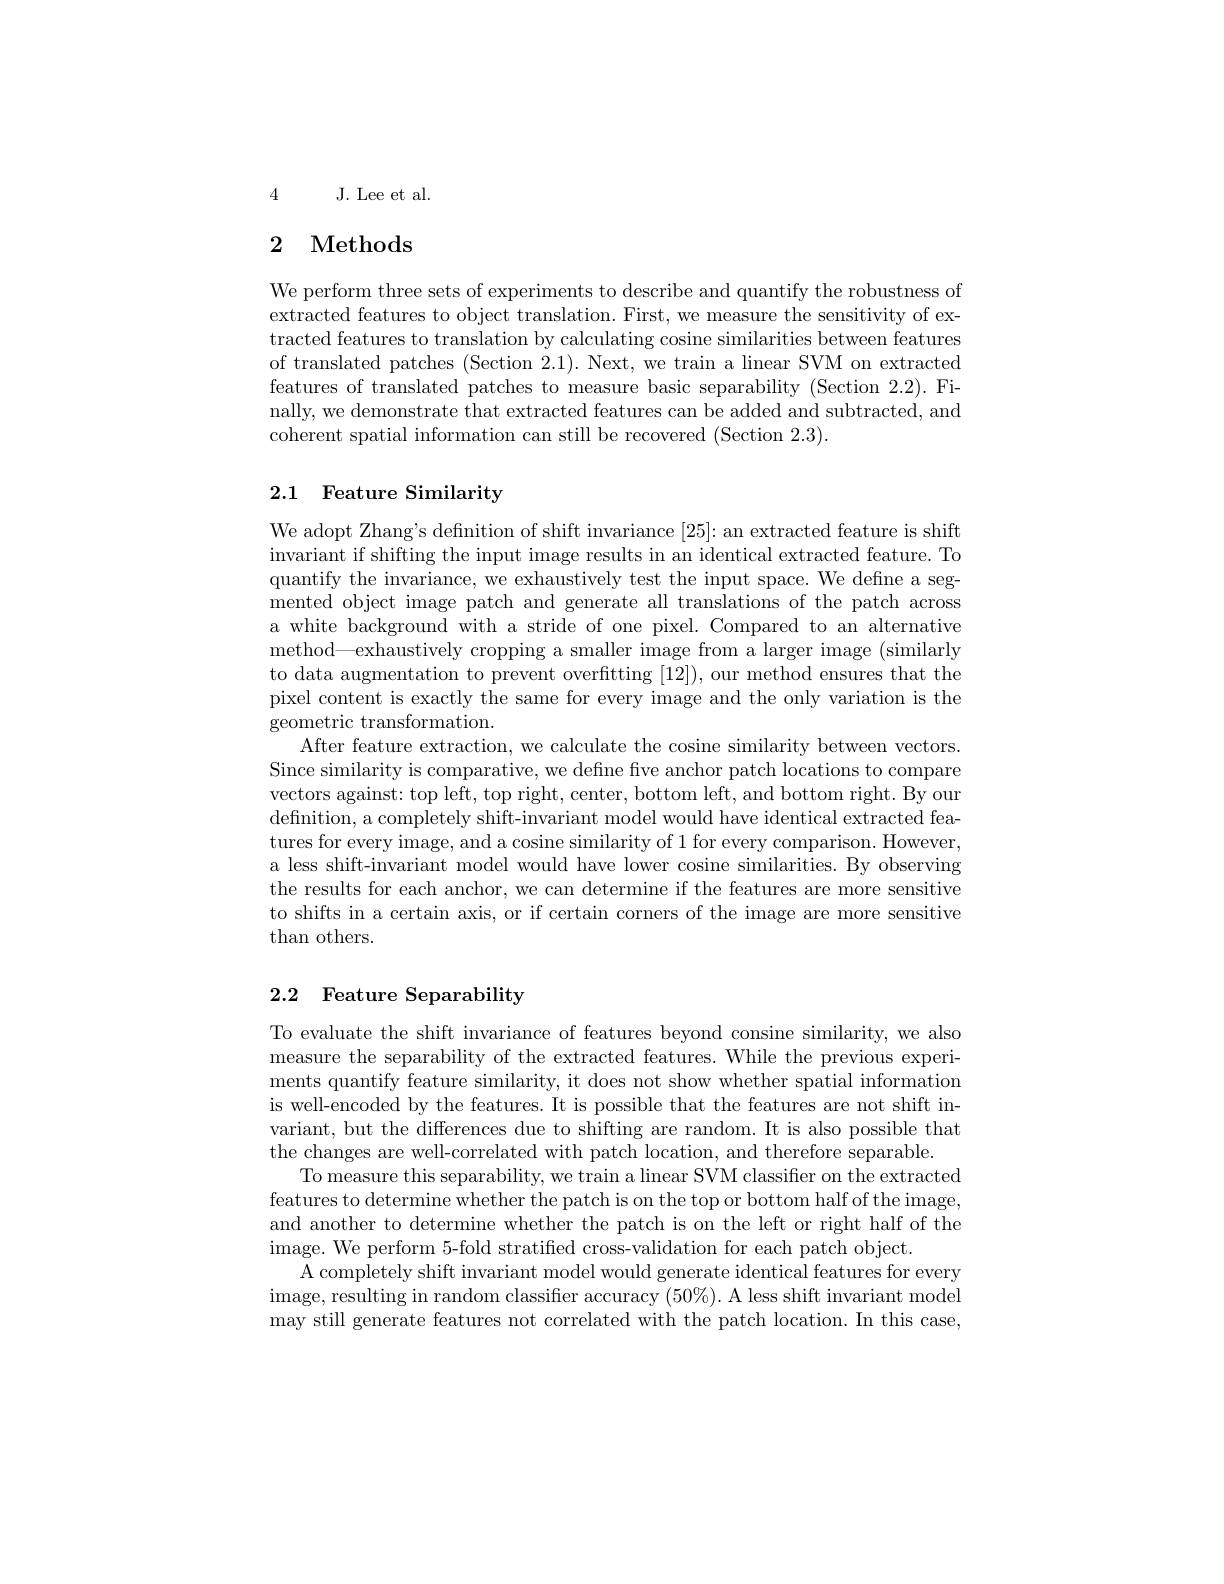
4 J. Lee et al.

# 2 Methods

We perform three sets of experiments to describe and quantify the robustness of extracted features to object translation. First, we measure the sensitivity of extracted features to translation by calculating cosine similarities between features of translated patches (Section 2.1). Next, we train a linear SVM on extracted features of translated patches to measure basic separability (Section 2.2). Finally, we demonstrate that extracted features can be added and subtracted, and coherent spatial information can still be recovered (Section 2.3).

## 2.1 Feature Similarity

We adopt Zhang's defnition of shift invariance [25]: an extracted feature is shift invariant if shifting the input image results in an identical extracted feature. To quantify the invariance, we exhaustively test the input space. We defne a segmented object image patch and generate all translations of the patch across a white background with a stride of one pixel. Compared to an alternative method—exhaustively cropping a smaller image from a larger image (similarly to data augmentation to prevent overfitting [12]), our method ensures that the pixel content is exactly the same for every image and the only variation is the geometric transformation.
After feature extraction, we calculate the cosine similarity between vectors. Since similarity is comparative, we define five anchor patch locations to compare vectors against: top left, top right, center, bottom left, and bottom right. By our definition, a completely shift-invariant model would have identical extracted features for every image, and a cosine similarity of 1 for every comparison. However, a less shift-invariant model would have lower cosine similarities. By observing the results for each anchor, we can determine if the features are more sensitive to shifts in a certain axis, or if certain corners of the image are more sensitive than others.

## 2.2 Feature Separability

To evaluate the shift invariance of features beyond consine similarity, we also measure the separability of the extracted features. While the previous experiments quantify feature similarity, it does not show whether spatial information is well-encoded by the features. It is possible that the features are not shift invariant, but the differences due to shifting are random. It is also possible that the changes are well-correlated with patch location, and therefore separable.
To measure this separability, we train a linear SVM classifier on the extracted features to determine whether the patch is on the top or bottom half of the image, and another to determine whether the patch is on the left or right half of the image. We perform 5-fold stratified cross-validation for each patch object.
A completely shift invariant model would generate identical features for every image, resulting in random classifer accuracy ( 50$\%$) . A less shift invariant model may still generate features not correlated with the patch location. In this case